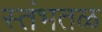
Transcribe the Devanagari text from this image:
स्तंभतळ